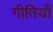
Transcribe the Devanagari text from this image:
गीतियाँ